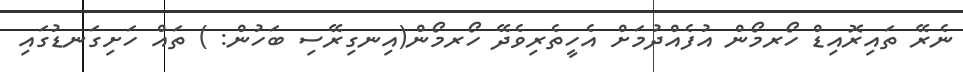
ނެރޭ ތައިރޮއިޑް ހޯރމޯން އުފެއްދުމަށް އެހީތެރިވެދޭ ހޯރމޯން(އިނގިރޭސި ބަހުން: ) ތައް ހަށިގަނޑުގައި